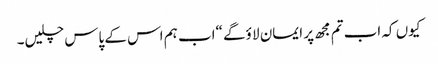
کیوں کہ اب تم مجھ پر ایمان لا ؤگے “اب ہم اس کے پاس چلیں۔